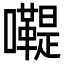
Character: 𡄷